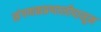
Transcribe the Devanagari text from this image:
संगणकप्रणालीपासून